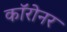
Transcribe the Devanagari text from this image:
कॉरोनर